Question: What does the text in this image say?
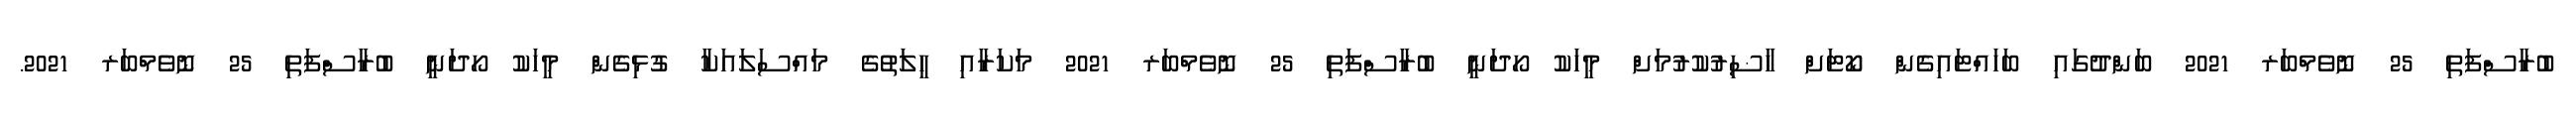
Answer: ބުރާސްފަތި 25 ނޮވެމްބަރ 2021 ބަންދުގައި ބަހައްޓައިގެން ކޯޓަށް ހާޟިރުކުރުމަށް މީހަކު ހޯދަނީ ބުރާސްފަތި 25 ނޮވެމްބަރ 2021 މަކަރާއި ހީލަތުގެ މައްސަލައަކާ ގުޅިގެން މީހަކު ހޯދަނީ ބުރާސްފަތި 25 ނޮވެމްބަރ 2021.